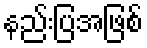
နည်းပြအဖြစ်